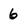
Character: 6